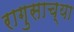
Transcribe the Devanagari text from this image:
रागुसाच्या